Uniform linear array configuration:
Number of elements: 12
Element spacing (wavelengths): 0.5
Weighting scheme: exponential
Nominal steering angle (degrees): -30
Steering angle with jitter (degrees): -28.976
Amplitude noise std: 0.05
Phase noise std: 0.05

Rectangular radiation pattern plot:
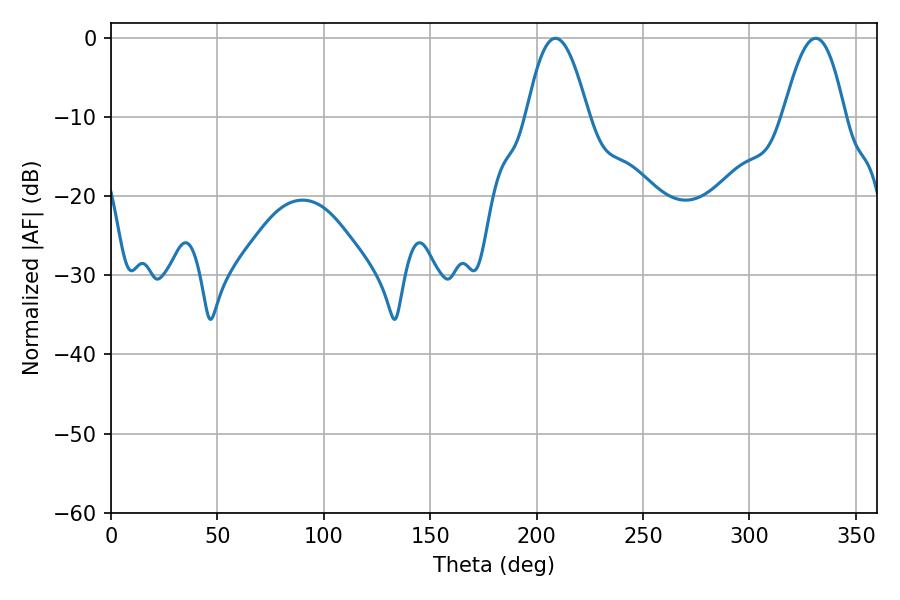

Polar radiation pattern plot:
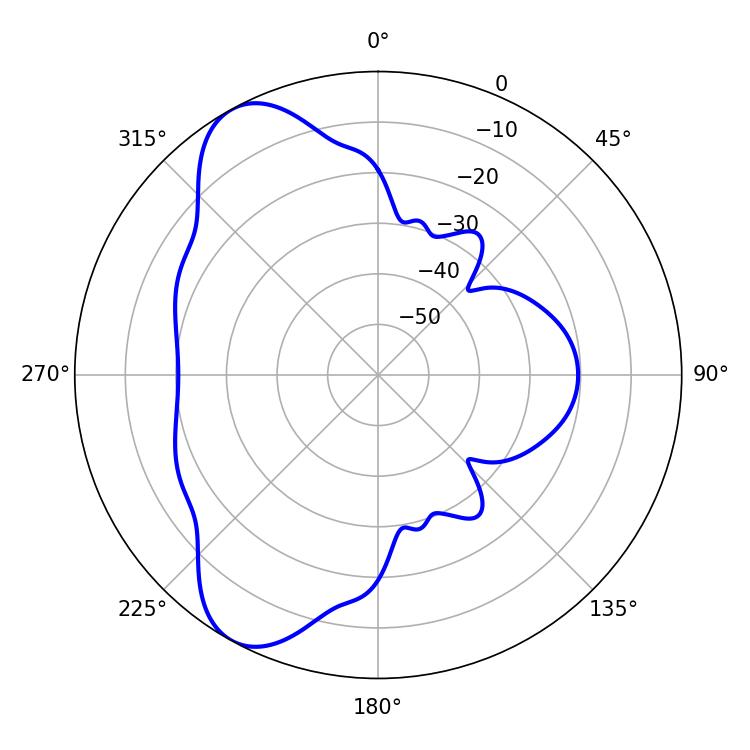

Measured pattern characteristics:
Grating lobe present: FALSE
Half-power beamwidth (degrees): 15.84
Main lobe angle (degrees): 208.8